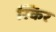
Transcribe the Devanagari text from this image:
स्किर